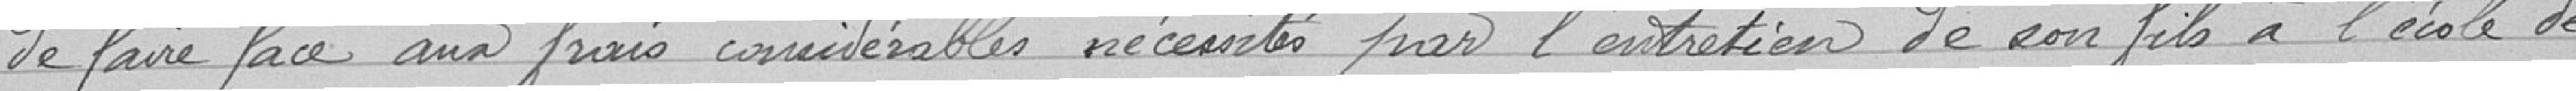
de faire face aux frais considérables nécessités par l'entretien de son fils à l'école de